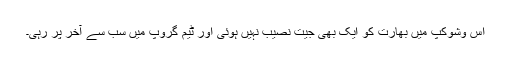
اس وشوکپ میں بھارت کو ایک بھی جیت نصیب نہیں ہوئی اور ٹیم گروپ میں سب سے آخر پر رہی۔